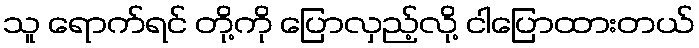
သူ ရောက်ရင် တို့ကို ပြောလှည့်လို့ ငါပြောထားတယ်